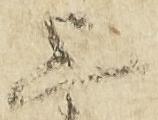
上